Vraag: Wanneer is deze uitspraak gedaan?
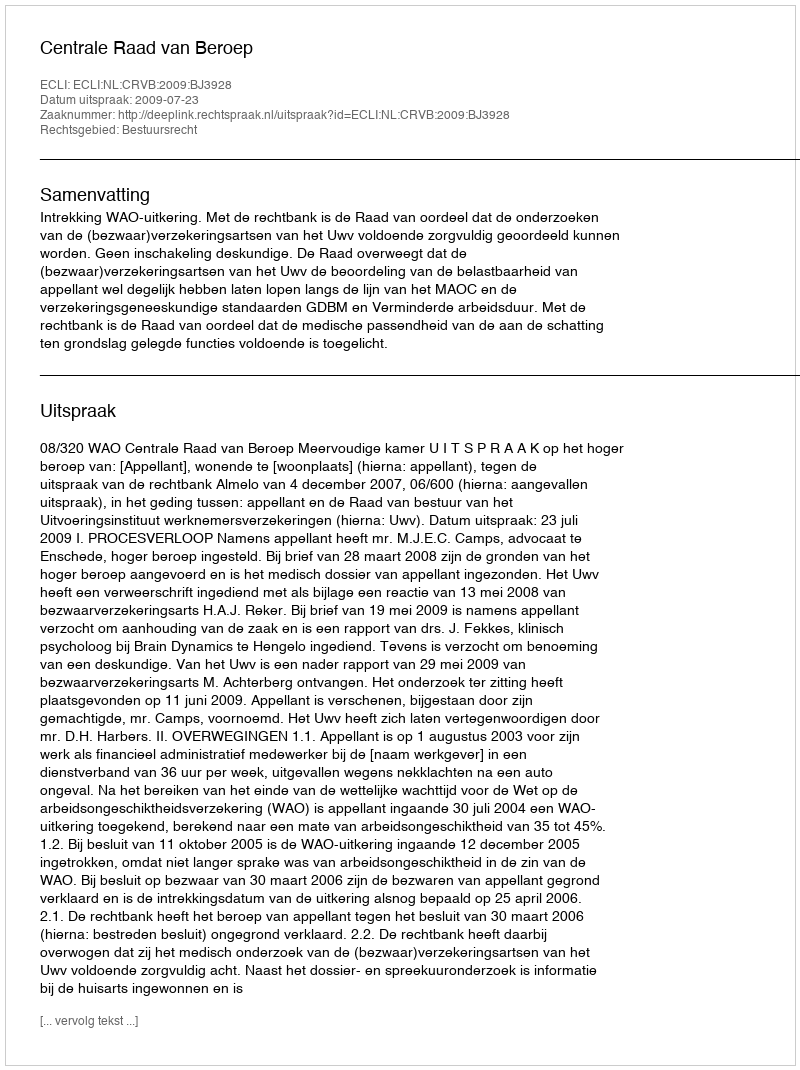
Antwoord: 2009-07-23